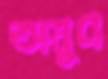
অনুণ